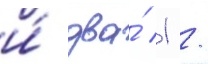
и́ два́ 1 /